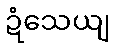
ဍံသေယျ